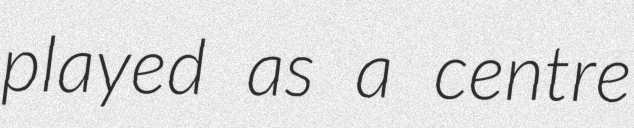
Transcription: played as a centre